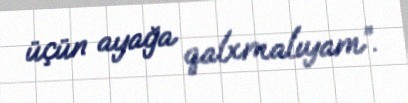
üçün ayağa qalxmalıyam”.